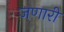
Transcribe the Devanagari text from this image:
जणारी